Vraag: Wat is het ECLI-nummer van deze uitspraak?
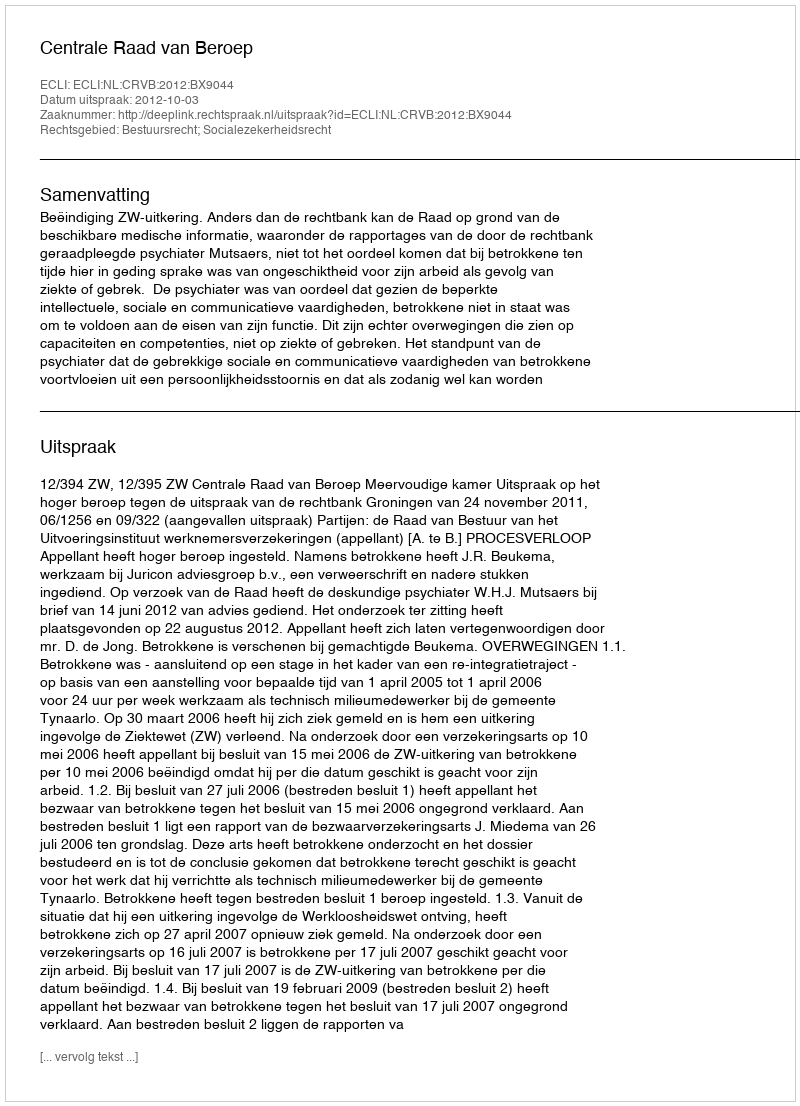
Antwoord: ECLI:NL:CRVB:2012:BX9044